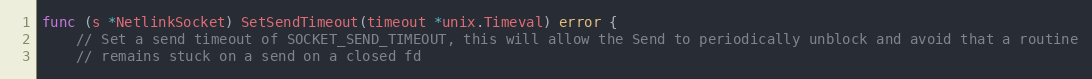
Language: Go
func (s *NetlinkSocket) SetSendTimeout(timeout *unix.Timeval) error {
	// Set a send timeout of SOCKET_SEND_TIMEOUT, this will allow the Send to periodically unblock and avoid that a routine
	// remains stuck on a send on a closed fd